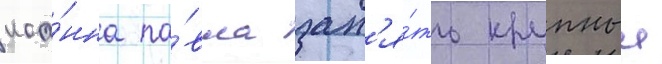
иоа́нна па́вла зан'я́ть крупныи